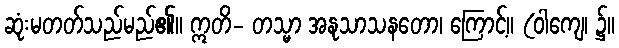
ဆုံးမတတ်သည်မည်၏။ ဣတိ- တသ္မာ အနုသာသနတော၊ ကြောင့်။ (ဝါကျေ၊ ၌။